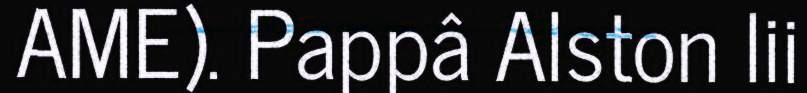
AME). Pappâ Alston lii